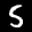
Label: 5